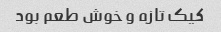
کیک تازه و خوش طعم بود